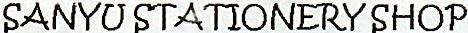
SANYU STATIONERY SHOP